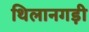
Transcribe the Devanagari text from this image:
थिलानगड़ी